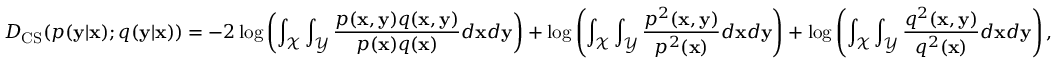
D _ { \mathrm { C S } } ( p ( \mathbf { y } | \mathbf { x } ) ; q ( \mathbf { y } | \mathbf { x } ) ) = - 2 \log \left( \int _ { \mathcal { X } } \int _ { \mathcal { Y } } \frac { p ( \mathbf { x } , \mathbf { y } ) q ( \mathbf { x } , \mathbf { y } ) } { p ( \mathbf { x } ) q ( \mathbf { x } ) } d \mathbf { x } d \mathbf { y } \right) + \log \left( \int _ { \mathcal { X } } \int _ { \mathcal { Y } } \frac { p ^ { 2 } ( \mathbf { x } , \mathbf { y } ) } { p ^ { 2 } ( \mathbf { x } ) } d \mathbf { x } d \mathbf { y } \right) + \log \left( \int _ { \mathcal { X } } \int _ { \mathcal { Y } } \frac { q ^ { 2 } ( \mathbf { x } , \mathbf { y } ) } { q ^ { 2 } ( \mathbf { x } ) } d \mathbf { x } d \mathbf { y } \right) ,